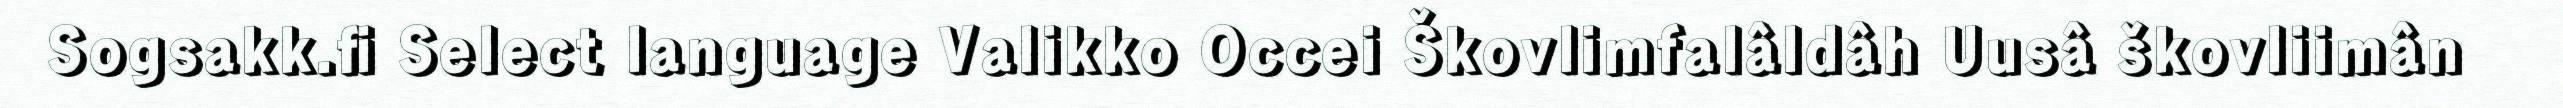
Sogsakk.fi Select language Valikko Occei Škovlimfalâldâh Uusâ škovliimân